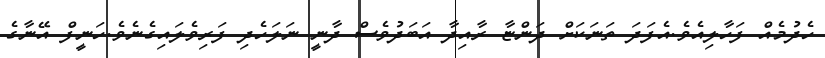
ހެދުމެއް ފަހާލިއެވެ.އެފަދަ ތަނަކަށް ދަންޏާ ރާއިދާ އަބަދުވެސް ދާނީ ނަލަހެދި ފަރިވެލައިގެނެވެ.ހަނީފް އޭނާގެ